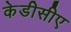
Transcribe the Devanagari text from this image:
केडीसीए